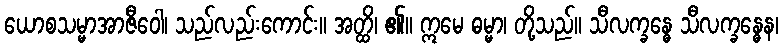
ယောစသမ္မာအာဇီဝေါ၊ သည်လည်းကောင်း။ အတ္ထိ၊ ၏။ ဣမေ ဓမ္မာ၊ တို့သည်။ သီလက္ခန္ဓေ သီလက္ခန္ဓေန၊